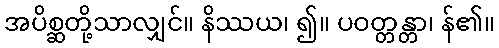
အပိစ္ဆတို့သာလျှင်။ နိဿယ၊ ၍။ ပဝတ္တန္တာ၊ န်၏။